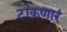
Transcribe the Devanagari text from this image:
टाकणारं